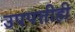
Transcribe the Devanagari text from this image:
उपपत्तीही